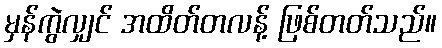
မှန်ကွဲလျှင် အထိတ်တလန့် ဖြစ်တတ်သည်။